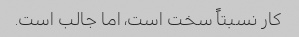
کار نسبتاً سخت است، اما جالب است.